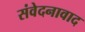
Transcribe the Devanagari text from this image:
संवेदनावाद